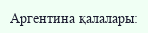
Аргентина қалалары: